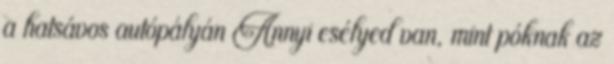
a hatsávos autópályán Annyi esélyed van, mint póknak az